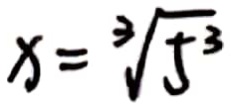
x = \sqrt [ 3 ] { 5 ^ { 3 } }